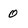
Character: 0